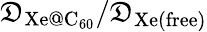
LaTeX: {\mathfrak{D}_{\mathrm{Xe@C_{60}}}}/{\mathfrak{D}_{\mathrm{Xe(free)}}}